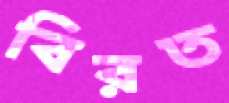
বিরত